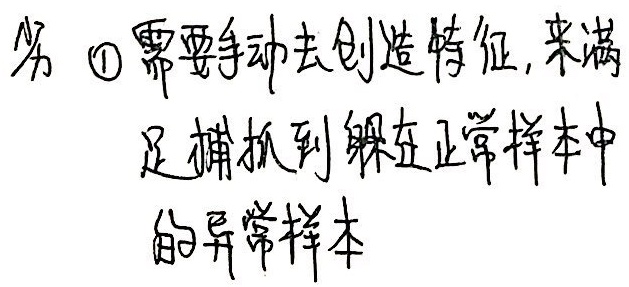
另 \textcircled{1}需要手动去创造特征, 来满
足捕捉到躲在正常样本中
的异常样本